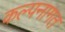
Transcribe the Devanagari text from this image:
कल्पनागत